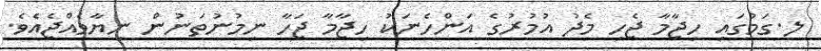
ލ.ގަމުގައި ހިޖާމާ ޖެހި މެދު އުމުރުގެ އަންހެނަކު ހިޖާމާ ޖަހާ ނިމުނުތަނުން ނިޔާވެއްޖެއެވެ.